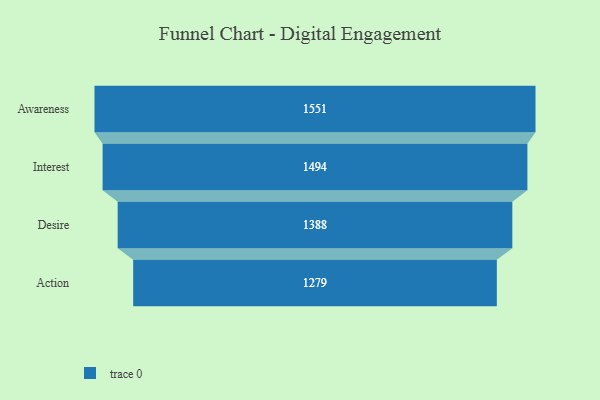
{"axis": {"x": "Stage", "y": "Value"}, "legend": [""], "data": [{"x": "Awareness", "y": 1551.0, "type": ""}, {"x": "Interest", "y": 1494.0, "type": ""}, {"x": "Desire", "y": 1388.0, "type": ""}, {"x": "Action", "y": 1279.0, "type": ""}]}